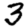
Digit: 3